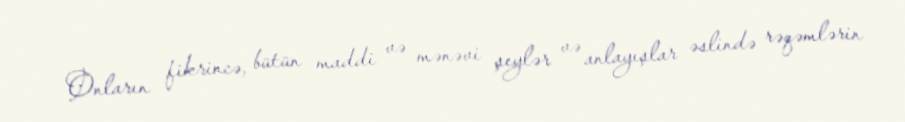
Onların fikrincə, bütün maddi və mənəvi şeylər və anlayışlar əslində rəqəmlərin